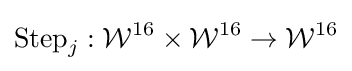
{\textrm {Step}}_{j}:{\mathcal {W}}^{16}\times {\mathcal {W}}^{16}\rightarrow {\mathcal {W}}^{16}